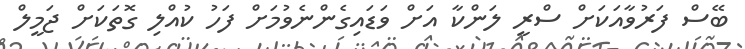
ބޭސް ފަރުވާއަކަށް ސްރީ ލަންކާ އަށް ވަޑައިގެންނެވުމަށް ފަހު ކުއްލި ގޮތަކަށް ޖަމީލް